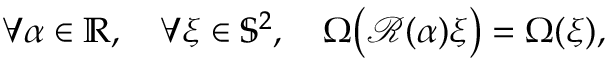
\forall \alpha \in \mathbb { R } , \quad \forall \xi \in \mathbb { S } ^ { 2 } , \quad \Omega \big ( \mathcal { R } ( \alpha ) \xi \big ) = \Omega ( \xi ) ,